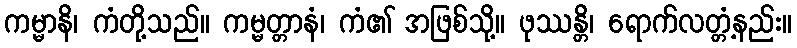
ကမ္မာနိ၊ ကံတို့သည်။ ကမ္မတ္တာနံ၊ ကံ၏ အဖြစ်သို့။ ဖုဿန္တိ၊ ရောက်လတ္တံ့နည်း။